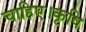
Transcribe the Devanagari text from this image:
चाहिए।कृषि